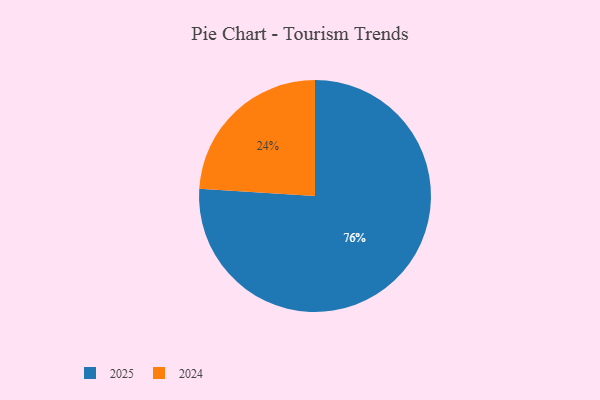
{"axis": {"x": "Category", "y": "Percentage"}, "legend": ["2024", "2025"], "data": [{"x": "2025", "y": 76, "type": "2025"}, {"x": "2024", "y": 24, "type": "2024"}]}